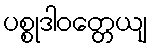
ပစ္စုဒါဝတ္တေယျ